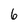
Character: 6